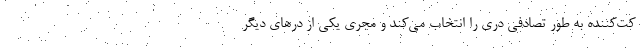
کت‌کننده به طور تصادفی دری را انتخاب می‌کند و مجری یکی از درهای دیگر